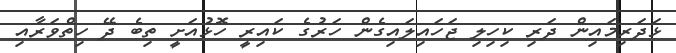
ޅަދަރިމައިން ދަރި ކިހިލި ޖަހައިލައިގެން ހަރުގެ ކައިރީ ހޮޅުއަށީ ތިބެ ދޭ ހިތްވަރާއި